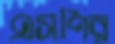
এসপির